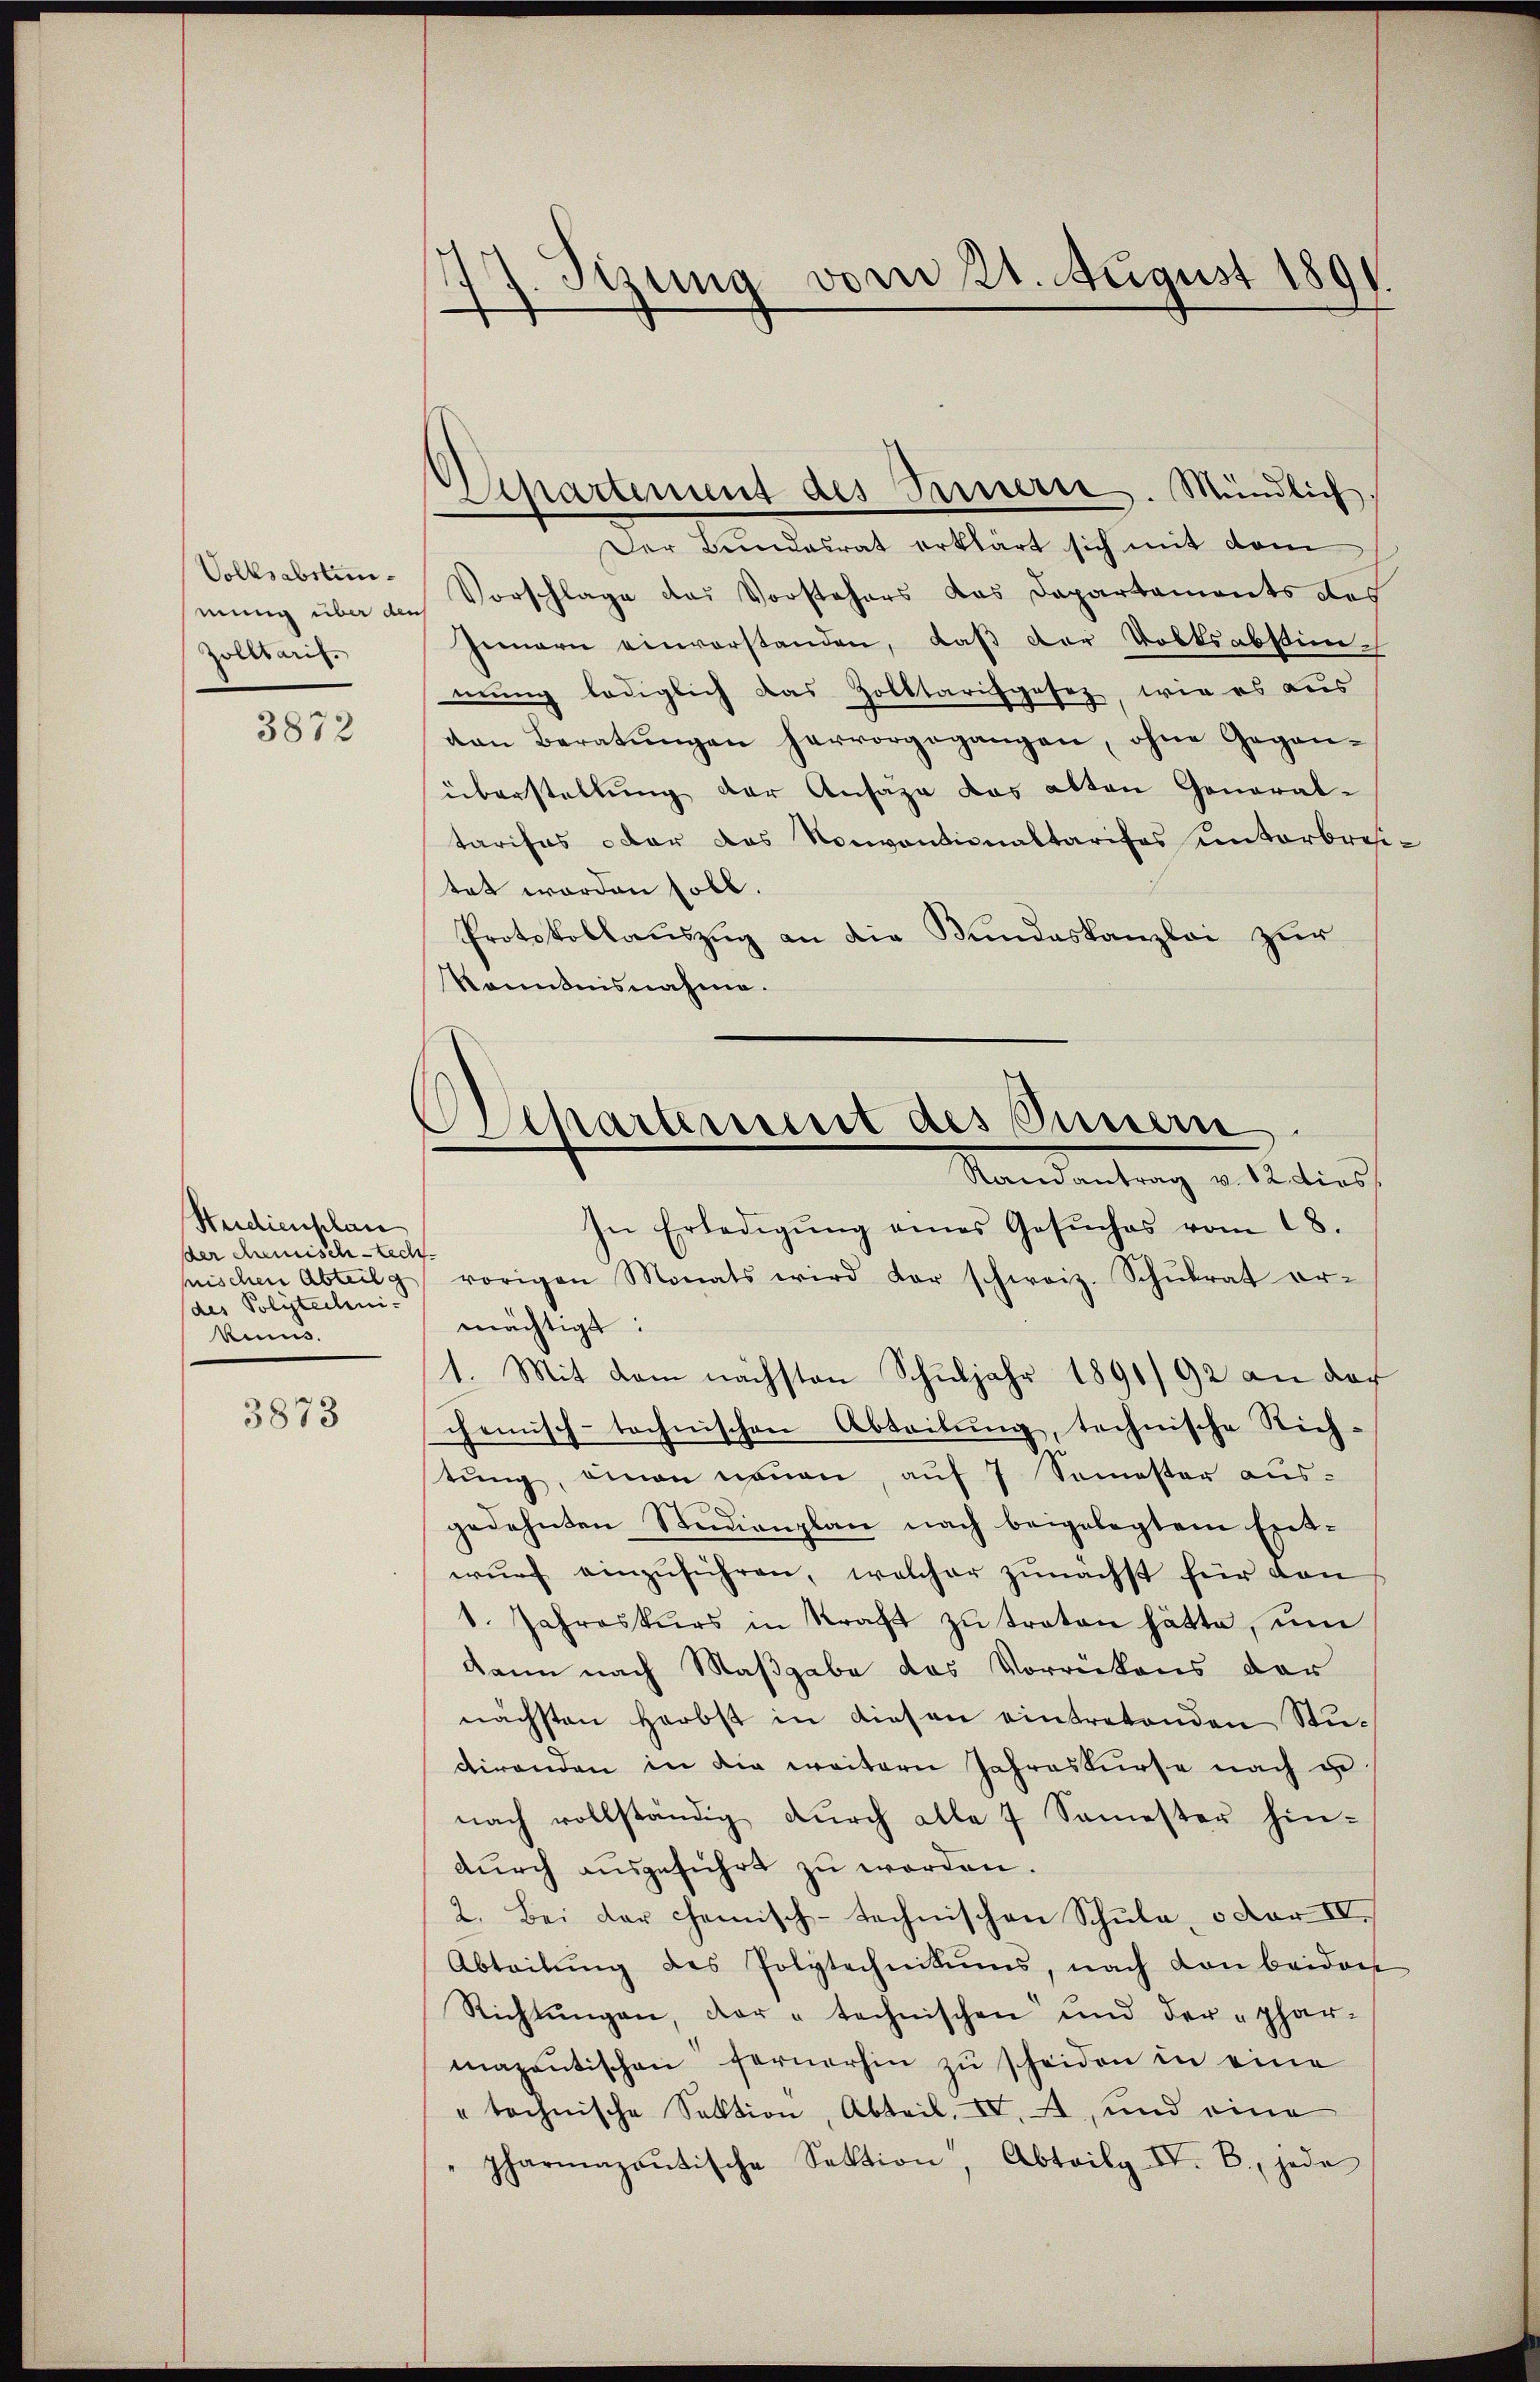
Volksabstunmung über den
Zolltarif.

3872

Studienplan
ser chemisch-tech
pischen Abteil g
des Polytechnikens.

3873

17. Sizung vom 21. August 1891

Apartement des Innern. Mündlich.

Departement des Sinnern.
Standentrag v. 12. dies

Der Bundesrat erklärt sich mit dem
Vorschlage das Vorstehers das Departaments des
Innern einverstanden, daß der Volksabstim-
mung lediglich das Zolltarisposiz, wie es aus
von Beratŭngen hervorgegangen, ohne Gegen-
überstellung der Ansage das alten General-
tarises oder das Konventionaltarises unterbreitet worden soll.
Protokollauszug an die Bundeskanzlei zur
känntnisnahme.
In Erledigŭng eines Gesŭches vom 18.
vorigen Monats wird der schweiz. Schŭlrat er-
mächtigt:
1. Mit dem nächsten Schuljahr 1891/92 an dar
chemisch-technischen Abteilung, technische Rich-
tŭng, einen neuen, aŭf 7 Semester aus-
gedehnten Studienplan nach beigelegtem Ent-
wŭrf einzŭführen, welcher zŭnächst für dan
1. Jahreskurs in Kraft zŭ treten hätte, um
kann nach Maßgabe das Vorrückens der
nächsten Herbst in diesen eintretenden Studirenden in die weitern Jahreskurse nach u
nach vollständig durch alle 7 Semester hin-
durch ausgeführt zu worden.
2. Bei der chemisch-technischen Schŭla, o der IV.
Abteilŭng des Polytechnikums, nach von beiden
Richtŭngen, der " technischen und der „phar-
mazantischen fernerhin zu scheiden in eine
" technische Sektion, Abteil, IV. A und eine
" pharmazontische Sektion, Abtaily IV. B., jede